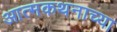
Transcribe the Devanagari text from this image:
आत्मकथनाच्या